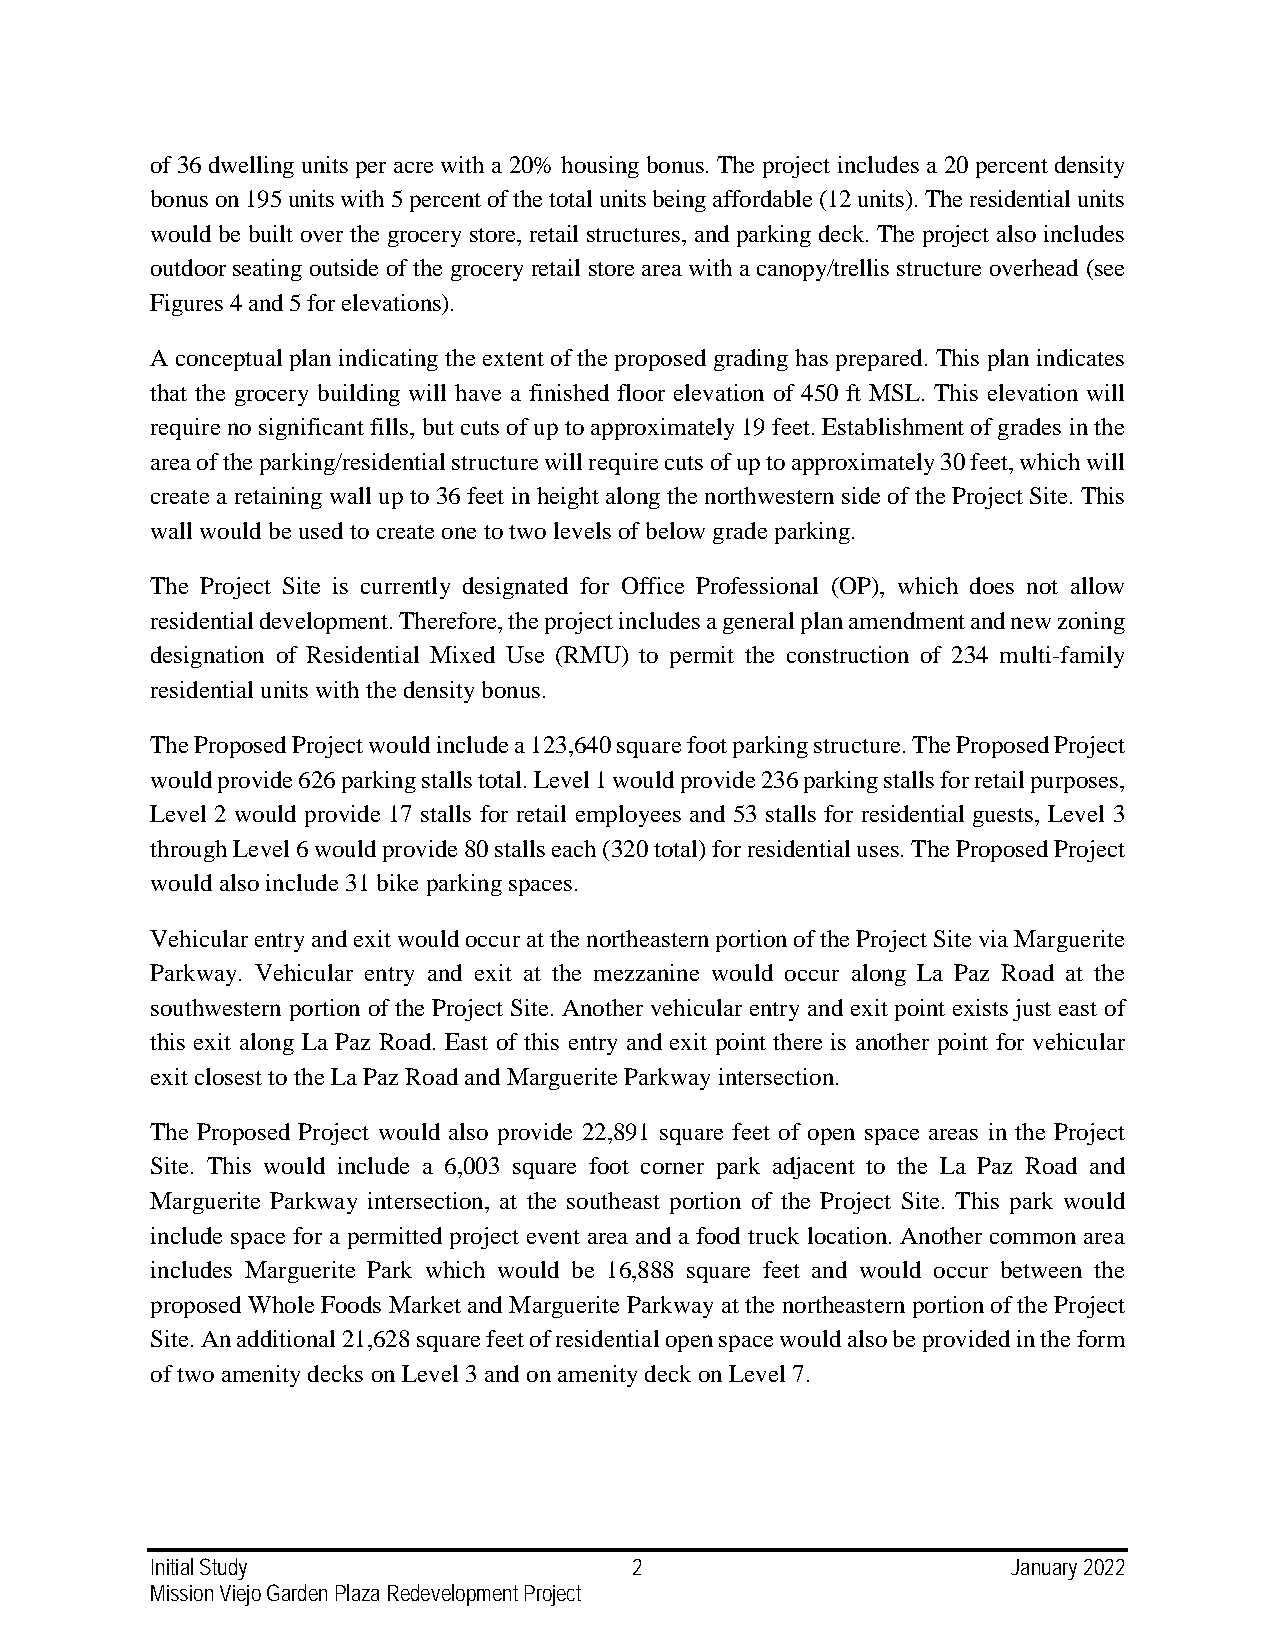
of 36 dwelling units per acre with a 20% housing bonus. The project includes a 20 percent density
 bonus on 195 units with 5 percent of the total units being affordable (12 units). The residential units
 would be built over the grocery store, retail structures, and parking deck. The project also includes
 outdoor seating outside of the grocery retail store area with a canopy/trellis structure overhead (see
 Figures 4 and 5 for elevations).
 A conceptual plan indicating the extent of the proposed grading has prepared. This plan indicates
 that the grocery building will have a finished floor elevation of 450 ft MSL. This elevation will
 require no significant fills, but cuts of up to approximately 19 feet. Establishment of grades in the
 area of the parking/residential structure will require cuts of up to approximately 30 feet, which will
 create a retaining wall up to 36 feet in height along the northwestern side of the Project Site. This
 wall would be used to create one to two levels of below grade parking.
 The Project Site is currently designated for Office Professional (OP), which does not allow
 residential development. Therefore, the project includes a general plan amendment and new zoning
 designation of Residential Mixed Use (RMU) to permit the construction of 234 multi-family
 residential units with the density bonus.
 The Proposed Project would include a 123,640 square foot parking structure. The Proposed Project
 would provide 626 parking stalls total. Level 1 would provide 236 parking stalls for retail purposes,
 Level 2 would provide 17 stalls for retail employees and 53 stalls for residential guests, Level 3
 through Level 6 would provide 80 stalls each (320 total) for residential uses. The Proposed Project
 would also include 31 bike parking spaces.
 Vehicular entry and exit would occur at the northeastern portion of the Project Site via Marguerite
 Parkway. Vehicular entry and exit at the mezzanine would occur along La Paz Road at the
 southwestern portion of the Project Site. Another vehicular entry and exit point exists just east of
 this exit along La Paz Road. East of this entry and exit point there is another point for vehicular
 exit closest to the La Paz Road and Marguerite Parkway intersection.
 The Proposed Project would also provide 22,891 square feet of open space areas in the Project
 Site. This would include a 6,003 square foot corner park adjacent to the La Paz Road and
 Marguerite Parkway intersection, at the southeast portion of the Project Site. This park would
 include space for a permitted project event area and a food truck location. Another common area
 includes Marguerite Park which would be 16,888 square feet and would occur between the
 proposed Whole Foods Market and Marguerite Parkway at the northeastern portion of the Project
 Site. An additional 21,628 square feet of residential open space would also be provided in the form
 of two amenity decks on Level 3 and on amenity deck on Level 7.
 Initial Study                   2                        January 2022
 Mission Viejo Garden Plaza Redevelopment Project